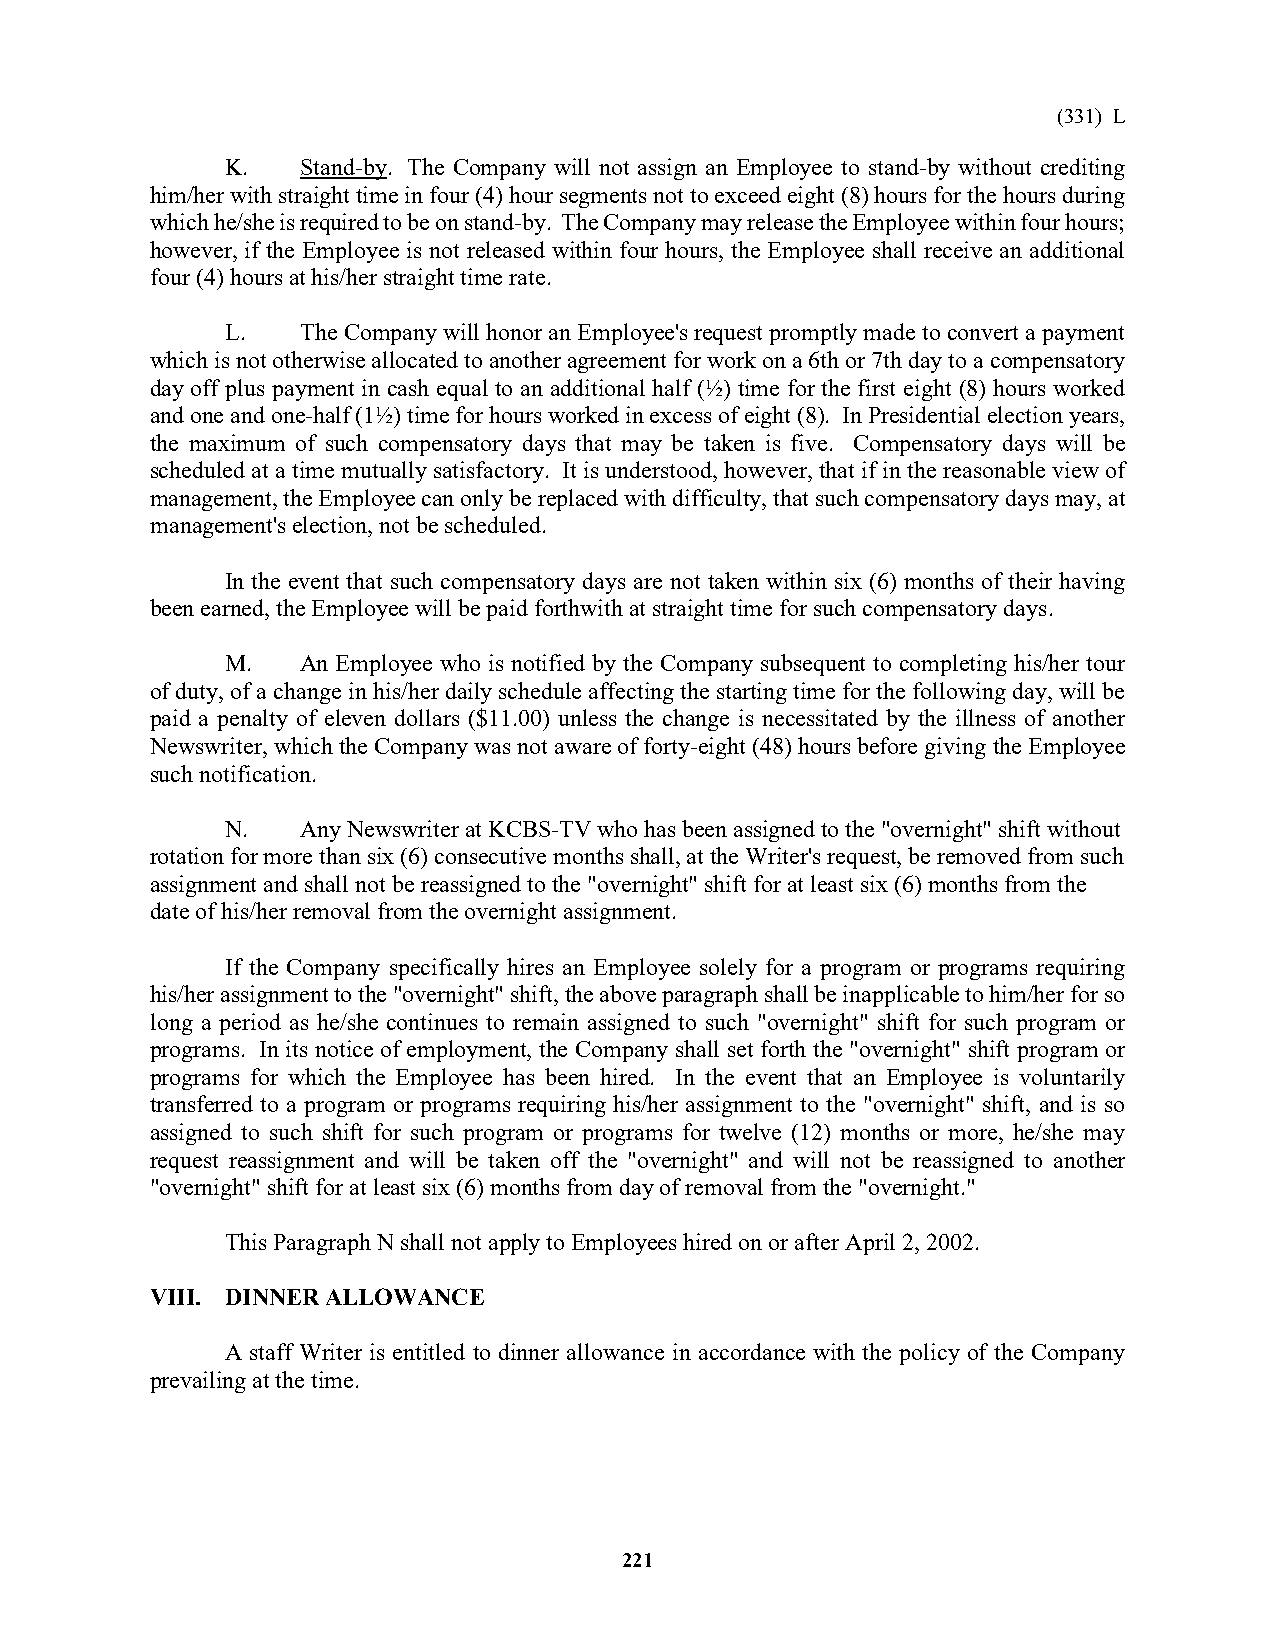
(331) L
 K.   Stand-by. The Company will not assign an Employee to stand-by without crediting
 him/her with straight time in four (4) hour segments not to exceed eight (8) hours for the hours during
 which he/she is required to be on stand-by. The Company may release the Employee within four hours;
 however, if the Employee is not released within four hours, the Employee shall receive an additional
 four (4) hours at his/her straight time rate.
 L.   The Company will honor an Employee's request promptly made to convert a payment
 which is not otherwise allocated to another agreement for work on a 6th or 7th day to a compensatory
 day off plus payment in cash equal to an additional half (½) time for the first eight (8) hours worked
 and one and one-half (1½) time for hours worked in excess of eight (8). In Presidential election years,
 the maximum of such compensatory days that may be taken is five. Compensatory days will be
 scheduled at a time mutually satisfactory. It is understood, however, that if in the reasonable view of
 management, the Employee can only be replaced with difficulty, that such compensatory days may, at
 management's election, not be scheduled.
 In the event that such compensatory days are not taken within six (6) months of their having
 been earned, the Employee will be paid forthwith at straight time for such compensatory days.
 M.   An Employee who is notified by the Company subsequent to completing his/her tour
 of duty, of a change in his/her daily schedule affecting the starting time for the following day, will be
 paid a penalty of eleven dollars ($11.00) unless the change is necessitated by the illness of another
 Newswriter, which the Company was not aware of forty-eight (48) hours before giving the Employee
 such notification.
 N.   Any Newswriter at KCBS-TV who has been assigned to the "overnight" shift without
 rotation for more than six (6) consecutive months shall, at the Writer's request, be removed from such
 assignment and shall not be reassigned to the "overnight" shift for at least six (6) months from the
 date of his/her removal from the overnight assignment.
 If the Company specifically hires an Employee solely for a program or programs requiring
 his/her assignment to the "overnight" shift, the above paragraph shall be inapplicable to him/her for so
 long a period as he/she continues to remain assigned to such "overnight" shift for such program or
 programs. In its notice of employment, the Company shall set forth the "overnight" shift program or
 programs for which the Employee has been hired. In the event that an Employee is voluntarily
 transferred to a program or programs requiring his/her assignment to the "overnight" shift, and is so
 assigned to such shift for such program or programs for twelve (12) months or more, he/she may
 request reassignment and will be taken off the "overnight" and will not be reassigned to another
 "overnight" shift for at least six (6) months from day of removal from the "overnight."
 This Paragraph N shall not apply to Employees hired on or after April 2, 2002.
 VIII. DINNER ALLOWANCE
 A staff Writer is entitled to dinner allowance in accordance with the policy of the Company
 prevailing at the time.
 221